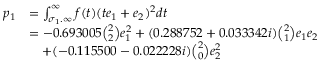
\begin{array} { r l } { p _ { 1 } } & { = \int _ { \sigma _ { 1 } . \infty } ^ { \infty } f ( t ) ( t e _ { 1 } + e _ { 2 } ) ^ { 2 } d t } \\ & { = - 0 . 6 9 3 0 0 5 \binom { 2 } 2 e _ { 1 } ^ { 2 } + ( 0 . 2 8 8 7 5 2 + 0 . 0 3 3 3 4 2 i ) \binom { 2 } 1 e _ { 1 } e _ { 2 } } \\ & { \quad + ( - 0 . 1 1 5 5 0 0 - 0 . 0 2 2 2 2 8 i ) \binom 2 0 e _ { 2 } ^ { 2 } } \end{array}